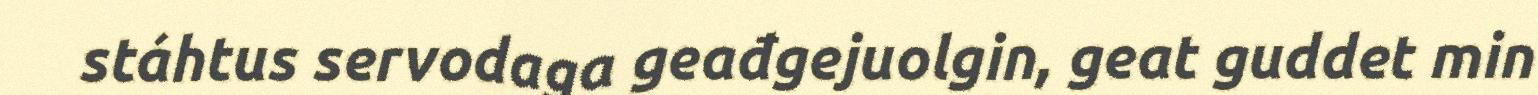
stáhtus servodaga geađgejuolgin, geat guddet min